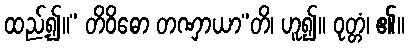
ထည့်၍။” တိဝိဓော တဏှာယာ”တိ၊ ဟူ၍။ ဝုတ္တံ၊ ၏။